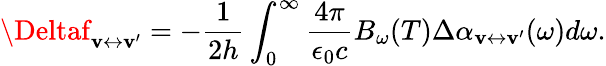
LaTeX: \Deltaf_{\mathbf{v}\leftrightarrow\mathbf{v}^{\prime}}=-\frac{{1}}{{2h}}\int_{0}^{\infty}\frac{{4\pi}}{{\epsilon_{0}c}}B_{\omega}(T)\Delta\alpha_{\mathbf{v}\leftrightarrow\mathbf{v}^{\prime}}(\omega)d\omega.